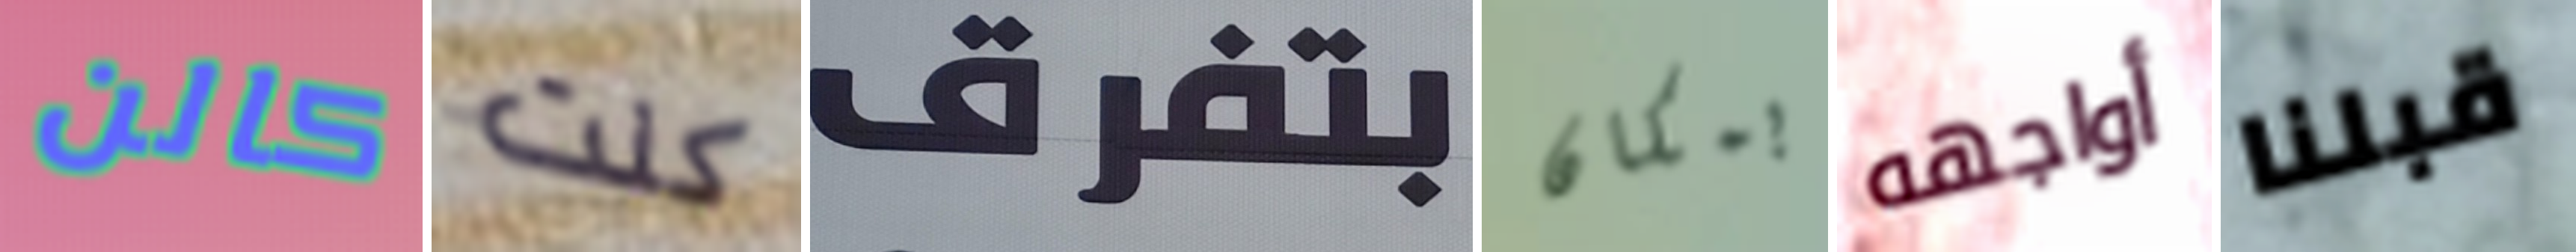
كالن كنت بتفرق بمكان أواجهه قبلنا